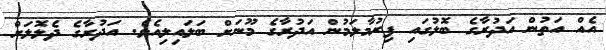
އެއް އަތުން އަދުރާގެ ބޮލުގައި ފިރުމާލަމުން އަދުރާގެ މޫނަށް ބަލައިލިއެވެ. އަދުރާގެ ދެލޮލަށް